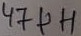
Text: 47µH